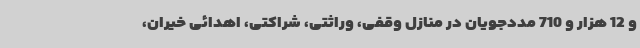
و 12 هزار و 710 مددجویان در منازل وقفی، وراثتی، شراکتی، اهدائی خیران،